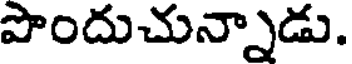
పొందుచున్నాడు.